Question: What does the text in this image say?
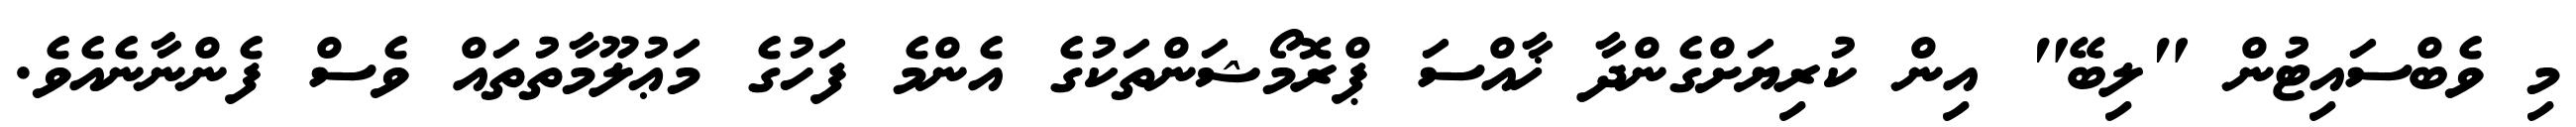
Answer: މި ވެބްސައިޓުން "ލިބޭ" އިން ކުރިޔަށްގެންދާ ޚާއްސަ ޕްރޮމޯޝަންތަކުގެ އެންމެ ފަހުގެ މަޢުލޫމާތުތައް ވެސް ފެންނާނެއެވެ.